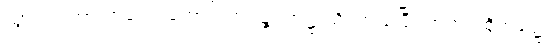
သွား၍။ အာကာသေ၊ ကောင်းကင်၌။ အဋ္ဌာသိ၊ တည်ပြီ။ အထ၊ ထိုအခါ၌။